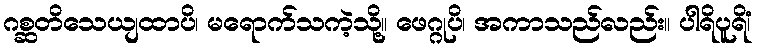
ဂစ္ဆတိသေယျထာပိ၊ မရောက်သကဲ့သို့။ ဖေဂ္ဂုပိ၊ အကာသည်လည်း။ ပါရိပူရိံ၊